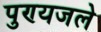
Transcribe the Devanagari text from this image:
पुण्यजले